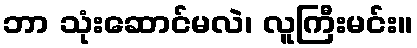
ဘာ သုံးဆောင်မလဲ၊ လူကြီးမင်း။